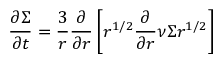
{ \frac { \partial \Sigma } { \partial t } } = { \frac { 3 } { r } } { \frac { \partial } { \partial r } } \left[ r ^ { 1 / 2 } { \frac { \partial } { \partial r } } \nu \Sigma r ^ { 1 / 2 } \right]